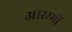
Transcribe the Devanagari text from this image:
आरम्भों